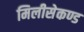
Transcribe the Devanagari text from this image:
मिलीसेकण्ड